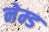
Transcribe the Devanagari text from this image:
नेम्‍ड